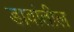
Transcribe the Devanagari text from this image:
डावांतील